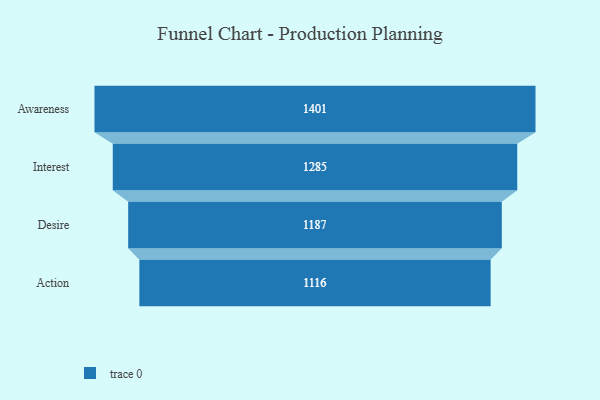
{"axis": {"x": "Stage", "y": "Value"}, "legend": [""], "data": [{"x": "Awareness", "y": 1401.0, "type": ""}, {"x": "Interest", "y": 1285.0, "type": ""}, {"x": "Desire", "y": 1187.0, "type": ""}, {"x": "Action", "y": 1116.0, "type": ""}]}